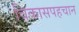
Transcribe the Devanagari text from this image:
विकासपहचान